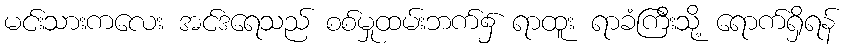
မင်းသားကလေး အင်ဒရေသည် စစ်မှုထမ်းဘက်၌ ရာထူး ရာခံကြီးသို့ ရောက်ရှိရန်